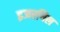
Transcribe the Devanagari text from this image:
इजरगिल